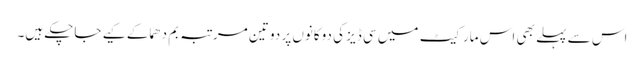
اس سے پہلے بھی اس مارکیٹ میں سی ڈیز کی دوکانوں پر دو تین مرتبہ بم دھماکے کیے جاچکے ہیں۔